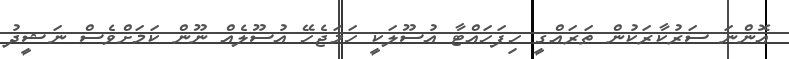
އޮންނަ ސަރުކާރަކުން ތަރައްގީ ހިފަހައްޓާ އުސޫލަކީ ހަމަޖެހޭ އުސޫލެއް ނޫން ކަމަށްވެސް ނަޝީދު